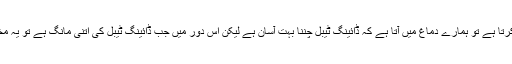
جب بھی کوئی ڈائننگ ٹیبل کی بات کرتا ہے تو ہمارے دماغ میں آتا ہے کہ ڈائینگ ٹیبل چننا بہت آسان ہے لیکن اس دور میں جب ڈائینگ ٹیبل کی اتنی مانگ ہے تو یہ مختلف قیمتوں اور میٹریلز میں آتے ہیں۔